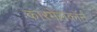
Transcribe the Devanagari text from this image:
कारमेलकॉर्न